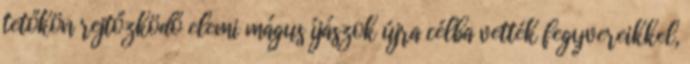
tetőkön rejtőzködő elemi mágus íjászok újra célba vették fegyvereikkel,